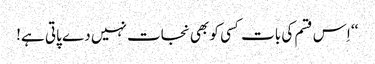
‘‘ اِس قسم کی بات کسی کو بھی نجات نہیں دے پاتی ہے!